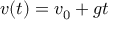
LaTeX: v ( t ) = v _ { 0 } + g t